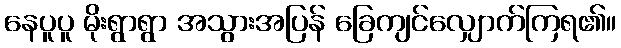
နေပူပူ မိုးရွာရွာ အသွားအပြန် ခြေကျင်လျှောက်ကြရ၏။